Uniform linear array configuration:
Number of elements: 16
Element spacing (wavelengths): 0.75
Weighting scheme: hann
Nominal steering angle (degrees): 45
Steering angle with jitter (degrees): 45.632
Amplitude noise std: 0.05
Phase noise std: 0.05

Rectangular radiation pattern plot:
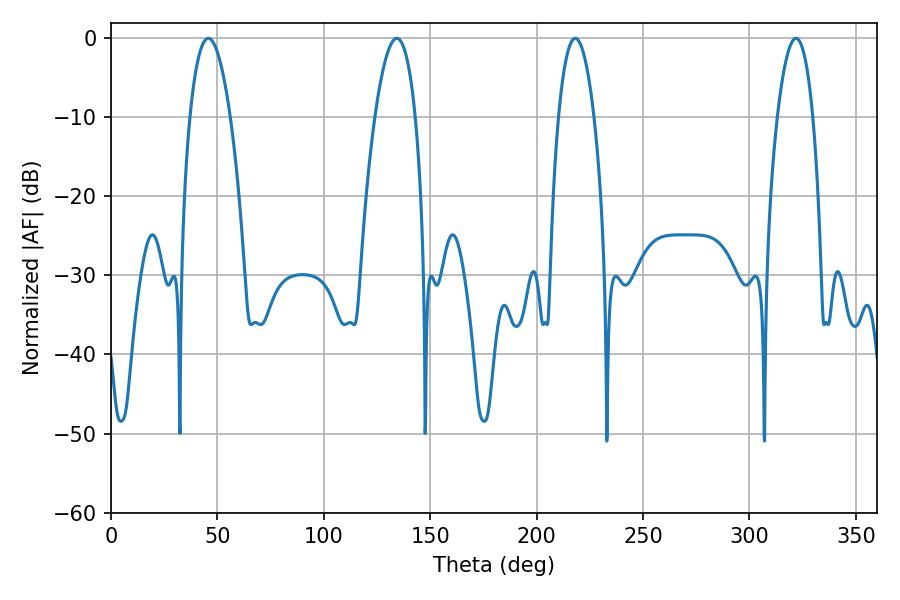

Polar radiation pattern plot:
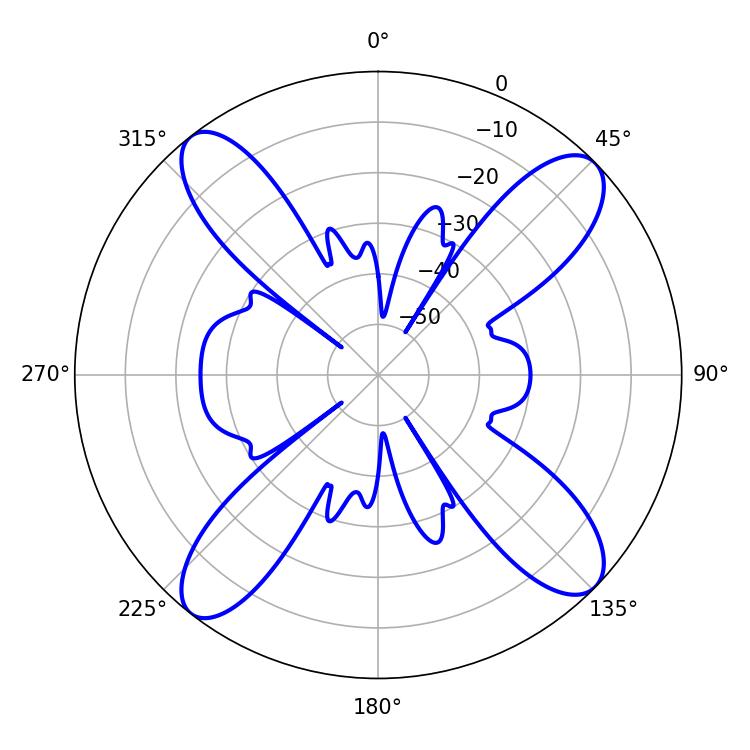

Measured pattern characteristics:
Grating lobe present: TRUE
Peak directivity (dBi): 14.798
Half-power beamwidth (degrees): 10.62
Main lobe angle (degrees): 45.72